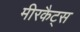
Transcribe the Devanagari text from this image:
मीरकैट्स